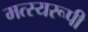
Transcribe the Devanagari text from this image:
मत्स्यरूपी